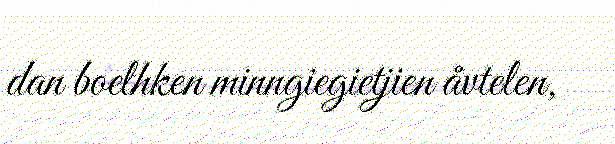
dan boelhken minngiegietjien åvtelen,